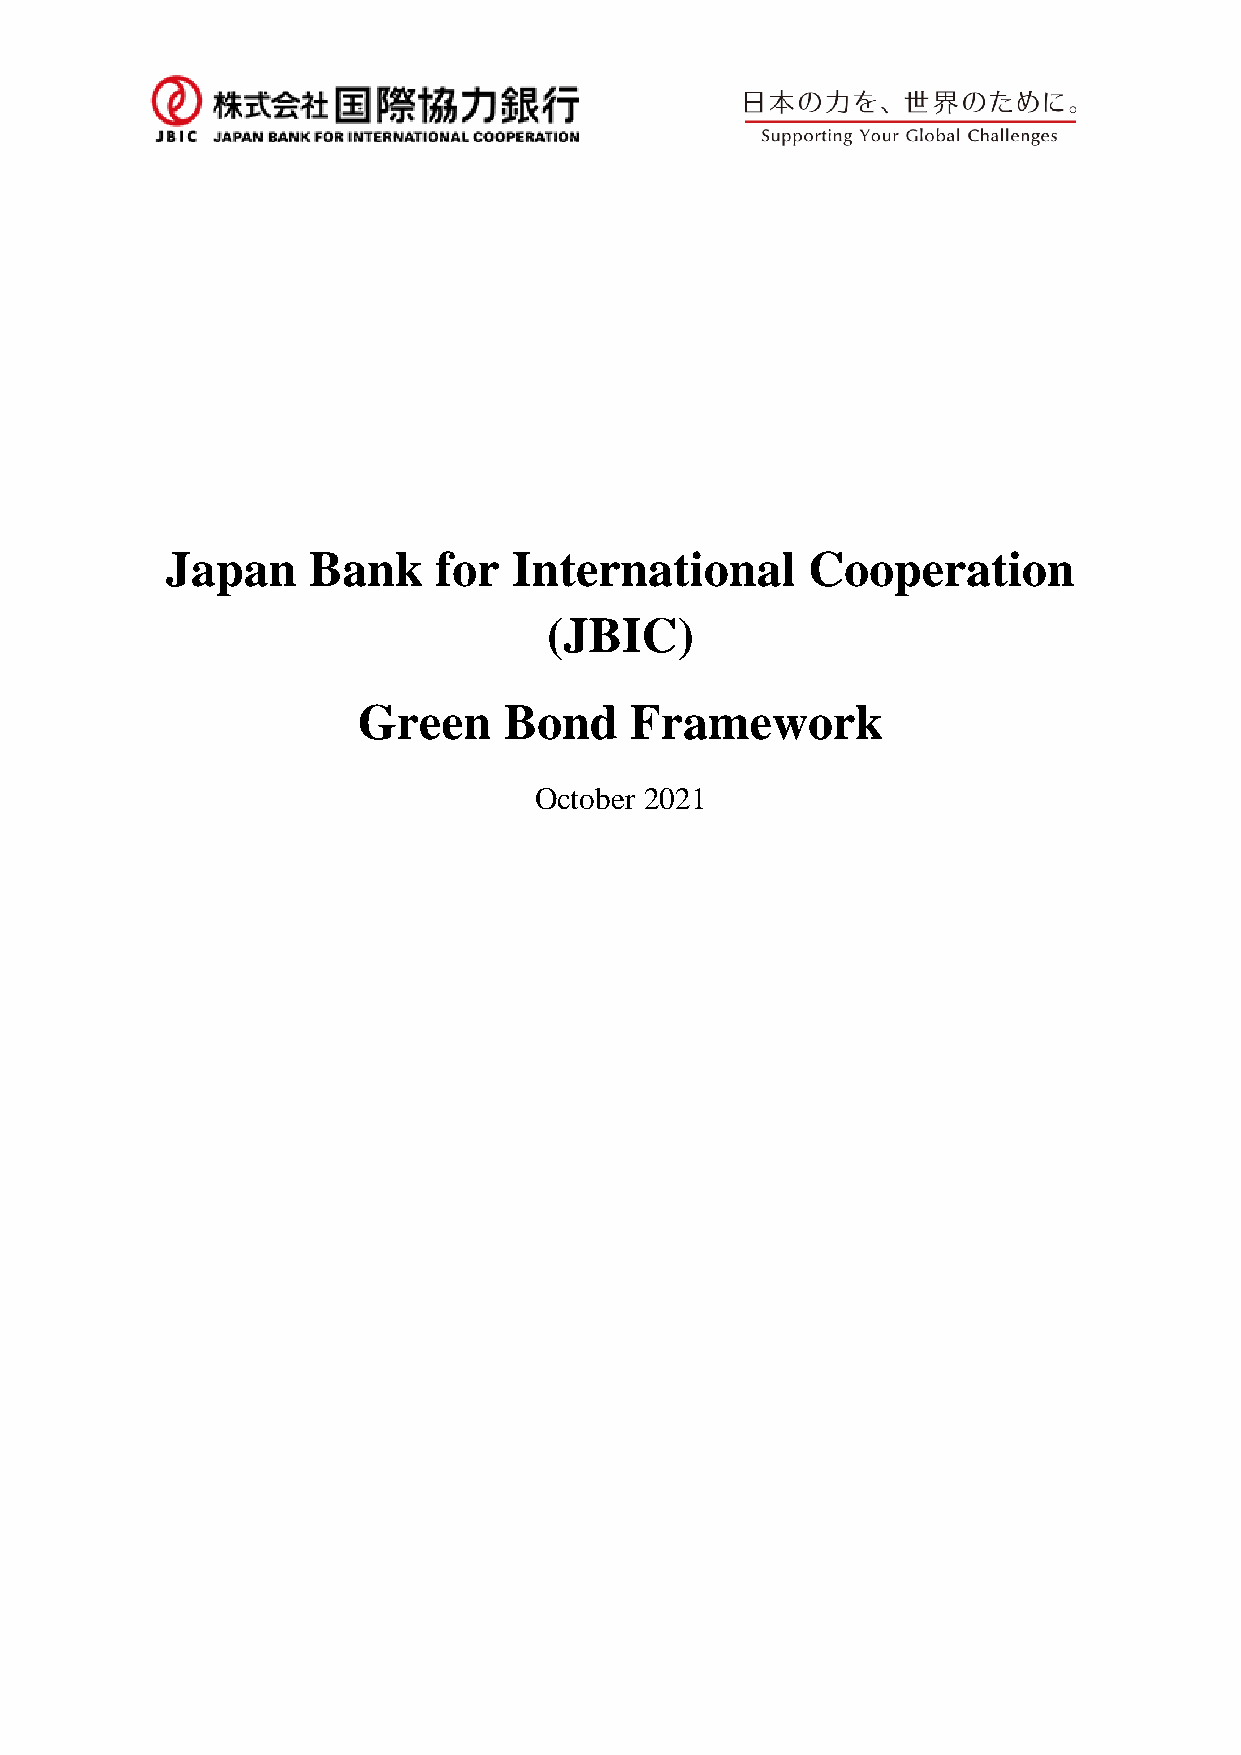
Japan    Bank     for  International      Cooperation
 (JBIC)
 Green    Bond     Framework
 October 2021